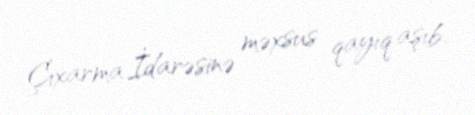
Çıxarma İdarəsinə məxsus qayıq aşıb.